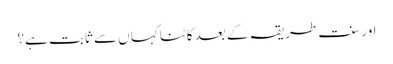
اور سنت طریقہ کے بعد کاٹنا کہاں سے ثابت ہے؟